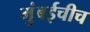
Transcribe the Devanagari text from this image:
मुंबईचीच